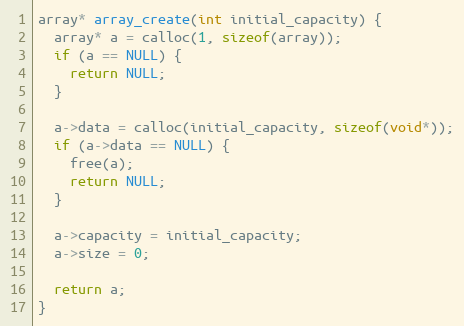
Language: C
array* array_create(int initial_capacity) {
  array* a = calloc(1, sizeof(array));
  if (a == NULL) {
    return NULL;
  }

  a->data = calloc(initial_capacity, sizeof(void*));
  if (a->data == NULL) {
    free(a);
    return NULL;
  }

  a->capacity = initial_capacity;
  a->size = 0;

  return a;
}